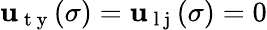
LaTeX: \mathbf{u}_{\mathrm{{~t~y~}}}(\sigma)=\mathbf{u}_{\mathrm{{~l~j~}}}(\sigma)=0